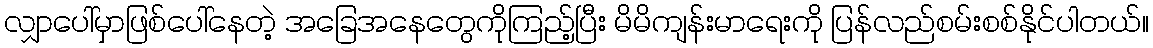
လျှာပေါ်မှာဖြစ်ပေါ်နေတဲ့ အခြေအနေတွေကိုကြည့်ပြီး မိမိကျန်းမာရေးကို ပြန်လည်စမ်းစစ်နိုင်ပါတယ်။